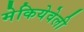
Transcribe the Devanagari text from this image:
मेकियेवेली